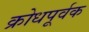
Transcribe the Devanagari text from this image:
क्रोधपूर्वक